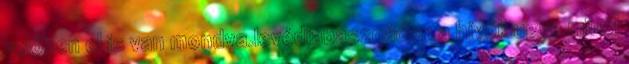
velősen el is van mondva.levédiabasznádon a hívők ugye minél